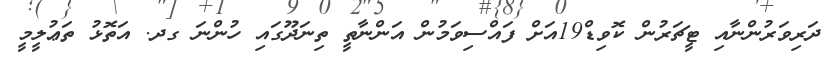
ދަރިވަރުންނާއި ޓީޗަރުން ކޮވިޑް19އަށް ފައްސިވަމުން އަންނާތީ ތިނަދޫގައި ހުންނަ ގދ. އަތޮޅު ތަޢުލީމީ